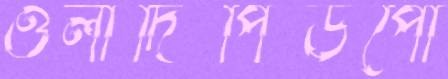
ওলাদিপিউপো